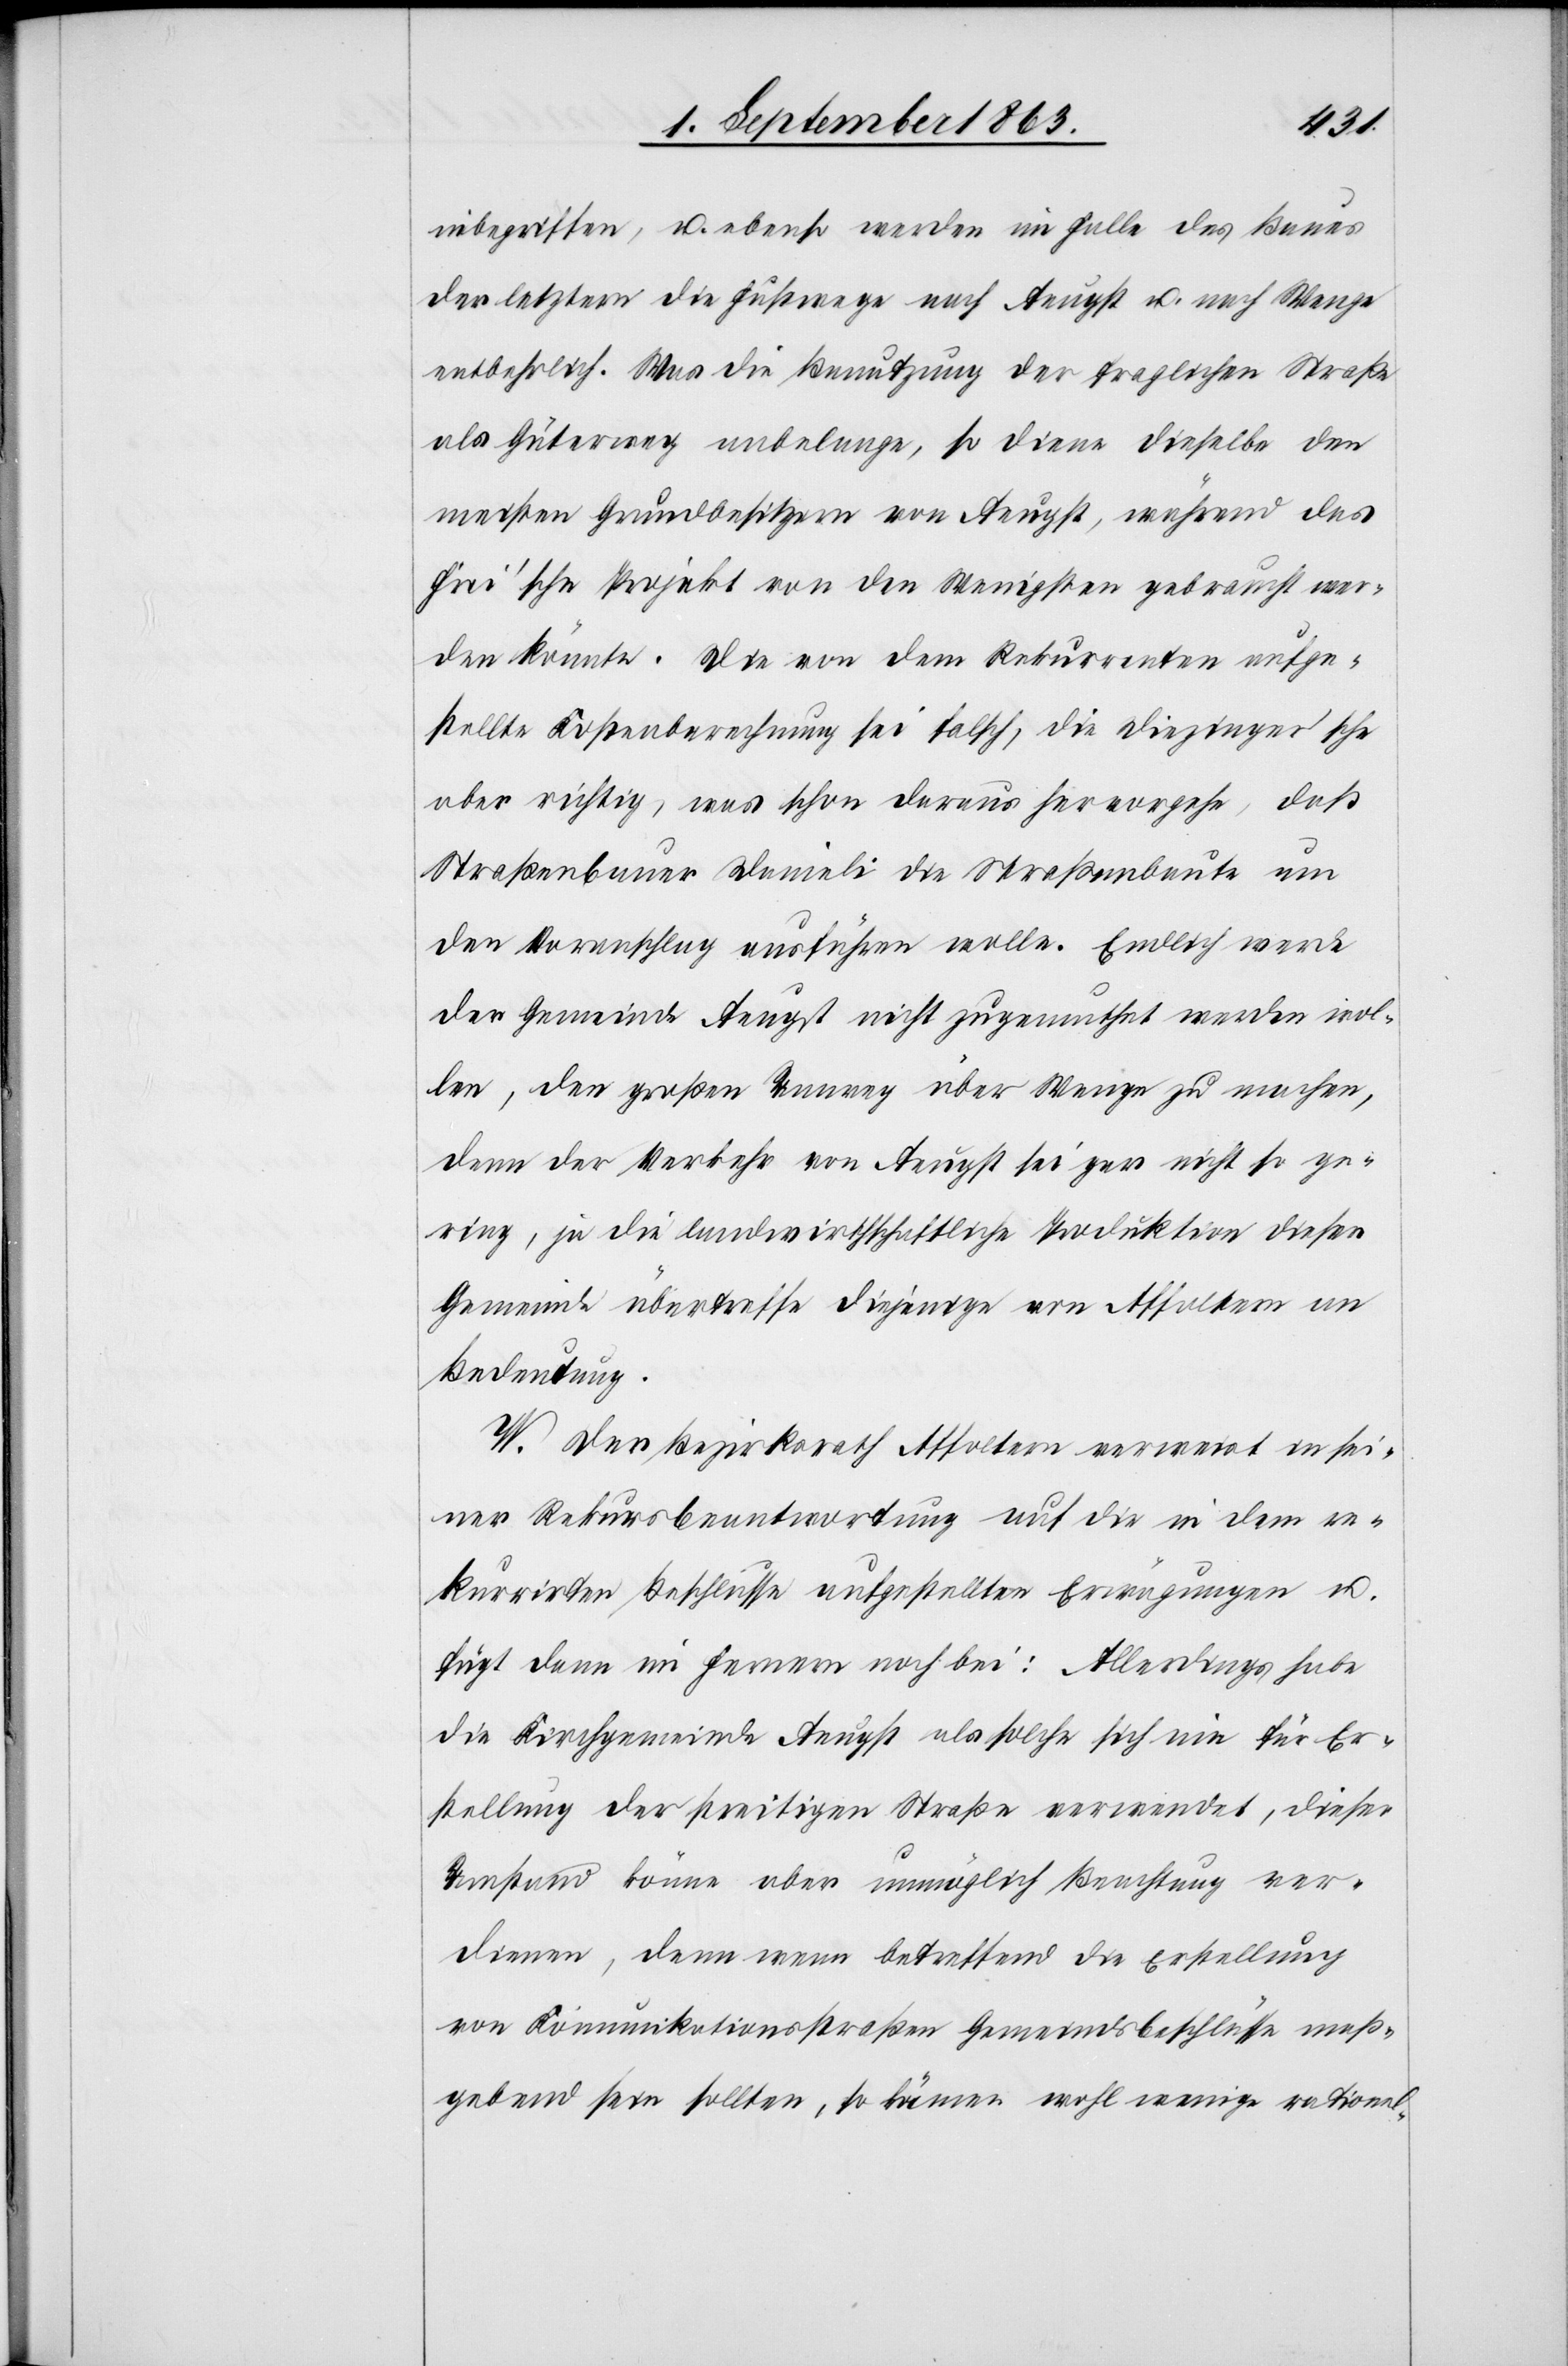
inbegriffen, u. ebenso werden im Falle des Baues
der letztern die Fußwege nach Aeugst u. nach Wenge
entbehrlich. Was die Benutzung der fraglichen Straße
als Güterweg anbelange, so diene dieselbe den
meisten Grundbesitzern von Aeugst, während das
Frei'sche Projekt von den Wenigsten gebraucht wer¬
den könnte. Die von dem Rekurrenten aufge¬
stellte Kostenberechnung sei falsch, die Diezinger'sche
aber richtig, was schon daraus hervorgehe, daß
Straßenbauer Danieli die Straßenbaute um
den Voranschlag ausführen wolle. Endlich werde
der Gemeinde Aeugst nicht zugemuthet werden wol¬
len, den großen Umweg über Wenge zu machen,
denn der Verkehr von Aeugst sei gar nicht so ge¬
ring, ja die landwirthschaftliche Produktion dieser
Gemeinde übertreffe diejenige von Affoltern an
Bedeutung.
W. Der Bezirksrath Affoltern verweist in sei¬
ner Rekursbeantwortung auf die in dem re¬
kurrirten Beschlusse aufgestellten Erwägungen u.
fügt dann im Fernern noch bei: Allerdings habe
die Kirchgemeinde Aeugst als solche sich nie für Er¬
stellung der streitigen Straße verwendet, dieser
Umstand könne aber unmöglich Beachtung ver¬
dienen, denn wenn betreffend die Erstellung
von Komunikationsstraßen Gemeindsbeschlüsse maß¬
gebend sein sollten, so kämen wohl wenige rationel-